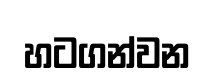
හටගන්වන